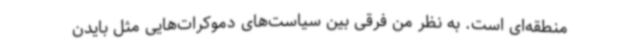
منطقه‌ای است. به نظر من فرقی بین سیاست‌های دموکرات‌هایی مثل بایدن